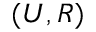
( U , R )